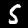
Label: 5